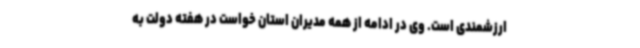
ارزشمندی است. وی در ادامه از همه مدیران استان خواست در هفته دولت به